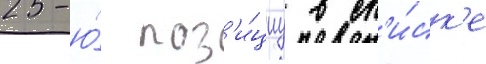
25-ю́ поз'и́циу в сп'и́ск'е